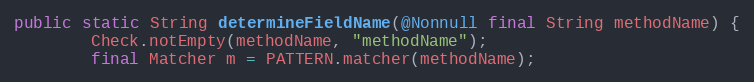
Language: Java
public static String determineFieldName(@Nonnull final String methodName) {
		Check.notEmpty(methodName, "methodName");
		final Matcher m = PATTERN.matcher(methodName);